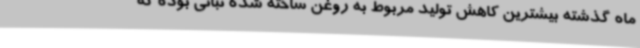
ماه گذشته بیشترین کاهش تولید مربوط به روغن ساخته شده نباتی بوده که